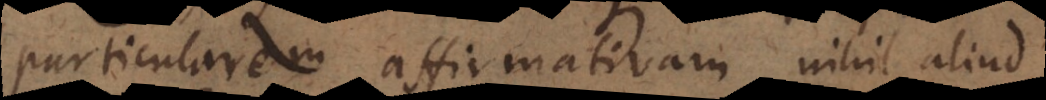
particularem affirmativam nihil aliud